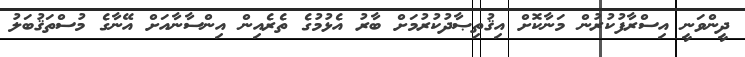
ދީންވަނީ އިސްރާފުކުރުން މަނާކޮށް އިޤުތިޞާދުކުރުމަށް ބާރު އެޅުމުގެ ތެރެއިން އިންސާނާއަށް އޭނާގެ މުސްތަޤުބަލު